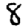
Digit: 8